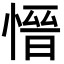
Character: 𪬕